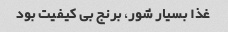
غذا بسیار شور، برنج بی کیفیت بود